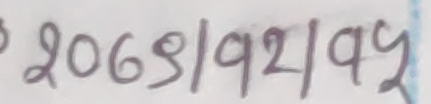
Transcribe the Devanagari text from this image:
२०६९।१२।१५